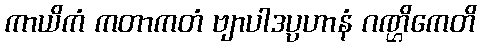
ကာယိကံ ကတာကတံ ဗျာပါဒပ္ပဟာနံ ဂဏ္ဌိကေတိ